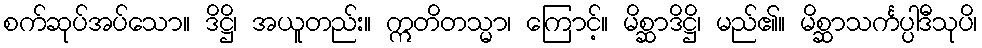
စက်ဆုပ်အပ်သော။ ဒိဋ္ဌိ၊ အယူတည်း။ ဣတိတသ္မာ၊ ကြောင့်။ မိစ္ဆာဒိဋ္ဌိ၊ မည်၏။ မိစ္ဆာသင်္ကပ္ပါဒီသုပိ၊